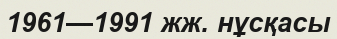
1961—1991 жж. нұсқасы